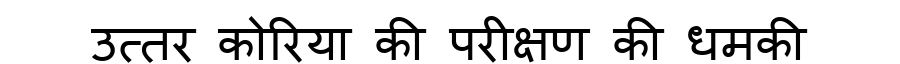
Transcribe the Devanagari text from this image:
उत्तर कोरिया की परीक्षण की धमकी